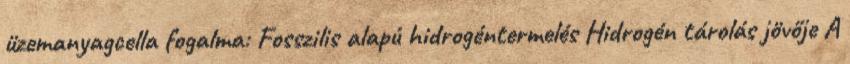
üzemanyagcella fogalma: Fosszilis alapú hidrogéntermelés Hidrogén tárolás jövője A